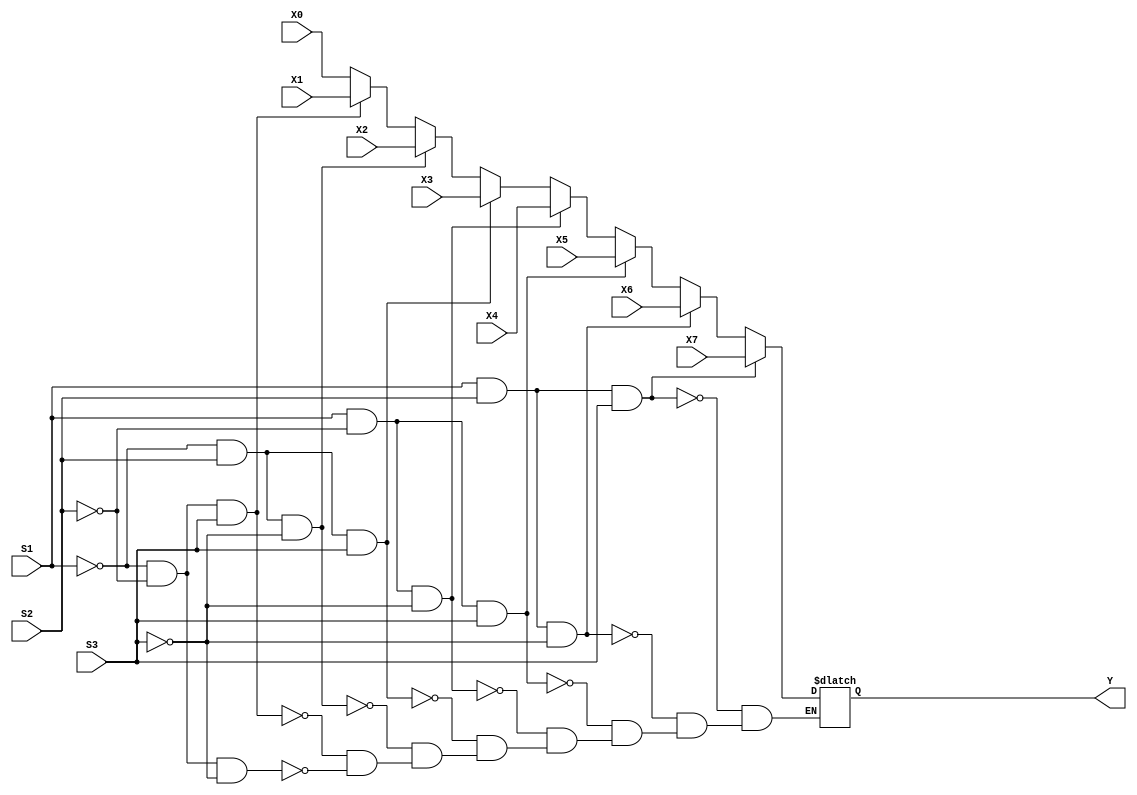
//Tabla de verdad MUX
//input -> S1,S2,S3,X0 a X7
//output->Y
//  S1  S2  S3  |   Y
//--------------------
//  0   0   0   |   X0
//  0   0   1   |   X1
//  0   1   0   |   X2
//  0   1   1   |   X3
//  1   0   0   |   X4
//  1   0   1   |   X5
//  1   1   0   |   X6
//  1   1   1   |   X7


module mux8(Y,X0,X1,X2,X3,X4,X5,X6,X7,S1,S2,S3);
input X0,X1,X2,X3,X4,X5,X6,X7,S1,S2,S3;
output reg Y;

    always @(X0 or X1 or X2 or X3 or X4 or X5 or X6 or X7 or S1 or S2 or S3) begin
        if ((S1 == 1'b0)&&(S2==1'b0)&&((S3==1'b0)))
            Y=X0;
        if ((S1 == 1'b0)&&(S2==1'b0)&&((S3==1'b1)))
            Y=X1;
        if ((S1 == 1'b0)&&(S2==1'b1)&&((S3==1'b0)))
            Y=X2;
        if ((S1 == 1'b0)&&(S2==1'b1)&&((S3==1'b1)))
            Y=X3;
        if ((S1 == 1'b1)&&(S2==1'b0)&&((S3==1'b0)))
            Y=X4;
        if ((S1 == 1'b1)&&(S2==1'b0)&&((S3==1'b1)))
            Y=X5;
        if ((S1 == 1'b1)&&(S2==1'b1)&&((S3==1'b0)))
            Y=X6;
        if ((S1 == 1'b1)&&(S2==1'b1)&&((S3==1'b1)))
            Y=X7;    



    end


endmodule